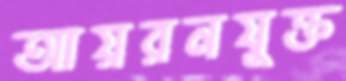
আয়রনযুক্ত